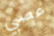
عصبي